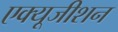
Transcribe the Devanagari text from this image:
एक्यूजीशन